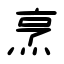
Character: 烹